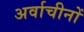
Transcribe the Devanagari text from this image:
अर्वाचीनों